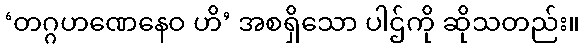
‘တဂ္ဂဟဏေနေဝ ဟိ’ အစရှိသော ပါဌ်ကို ဆိုသတည်း။